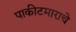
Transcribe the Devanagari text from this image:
पाकीटमाराचे